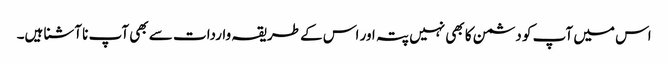
اس میں آپ کو دشمن کا بھی نہیں پتہ اور اس کے طریقہ واردات سے بھی آپ نا آشنا ہیں۔